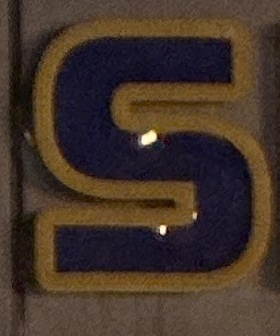
S